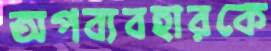
অপব্যবহারকে